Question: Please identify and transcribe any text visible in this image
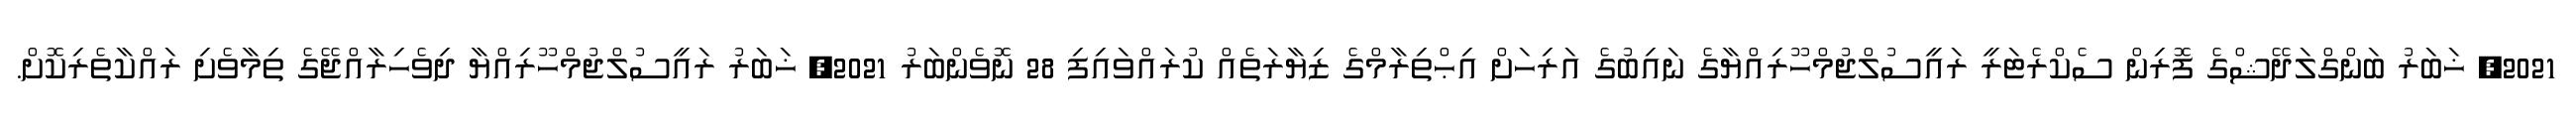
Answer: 2021, ޚަބަރު ބަންގްލަދޭޝްގެ ފޮރިން ސެކްރެޓަރީ ރައީސުލްޖުމްހޫރިއްޔާގެ ނައިބުގެ އަރިހަށް އިޙްތިރާމްގެ ޒިޔާރަތެއް ކުރައްވައިފި 28 ނޮވެންބަރު 2021, ޚަބަރު ރައީސުލްޖުމްހޫރިއްޔާ ދިވެހިރާއްޖޭގެ ތިމާވެށި ރައްކާތެރިކޮށް.